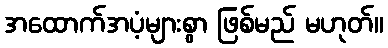
အထောက်အပံ့များစွာ ဖြစ်မည် မဟုတ်။